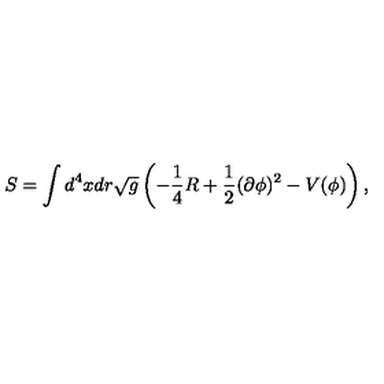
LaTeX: S = \int d ^ { 4 } x d r \sqrt { g } \left( - \frac { 1 } { 4 } R + \frac { 1 } { 2 } ( \partial \phi ) ^ { 2 } - V ( \phi ) \right) ,